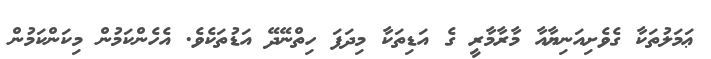
ޢަމަލުތަކާ ގެވެށިއަނިޔާއާ މާރާމާރީ ގެ އަޑިތަކާ މިދަފަ ހިތްނޭދޭ އަޑުތަކެވެ. އެހެންކަމުން މިކަންކަމުން